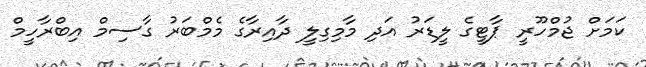
ކަމަށް ޖުމްހޫރީ ޕާޓީގެ ލީޑަރު އަދި މާމިގިލީ ދާއިރާގެ މެމްބަރު ގާސިމް އިބްރާހީމް